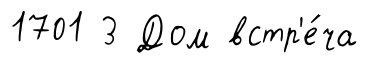
1701 3 Дом встр'е́ча